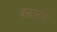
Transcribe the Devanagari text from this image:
बसारास